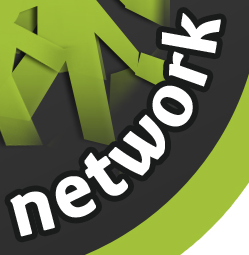
network